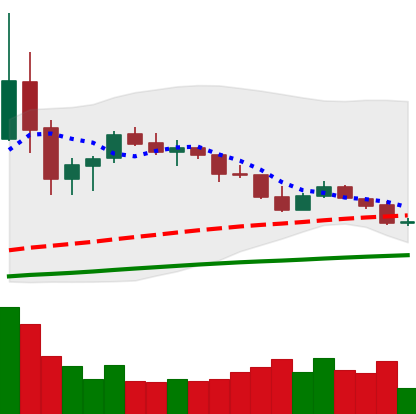
Ticker: TRX-USD
Chart end date: 2020-09-22
Forward return: 6.169%
Label: up_5_7